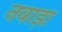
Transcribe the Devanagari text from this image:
नवाड़ा